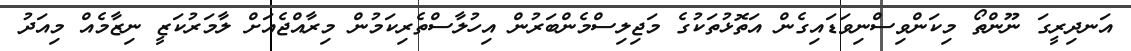
އަނދިރީގަ ނޫންތޯ މިކަންވިސްނިވަޑައިގެން އަތޮޅުތަކުގެ މަޖިލިސްމެންބަރުން އިހުލާސްތެރިކަމުން މިރާއްޖެއަށް ލާމަރުކަޒީ ނިޒާމެއް މިއަދު